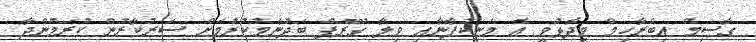
ގާސިމް އިބްރާހިމް ވިދާޅުވީ އެ މަނިކުފާނާއި ވިލާ ގުރޫޕް ބަދުނާމުކުރުމަށް ސަރުކާރުން ކުރަމުންދާ